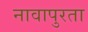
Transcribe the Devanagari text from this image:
नावापुरता